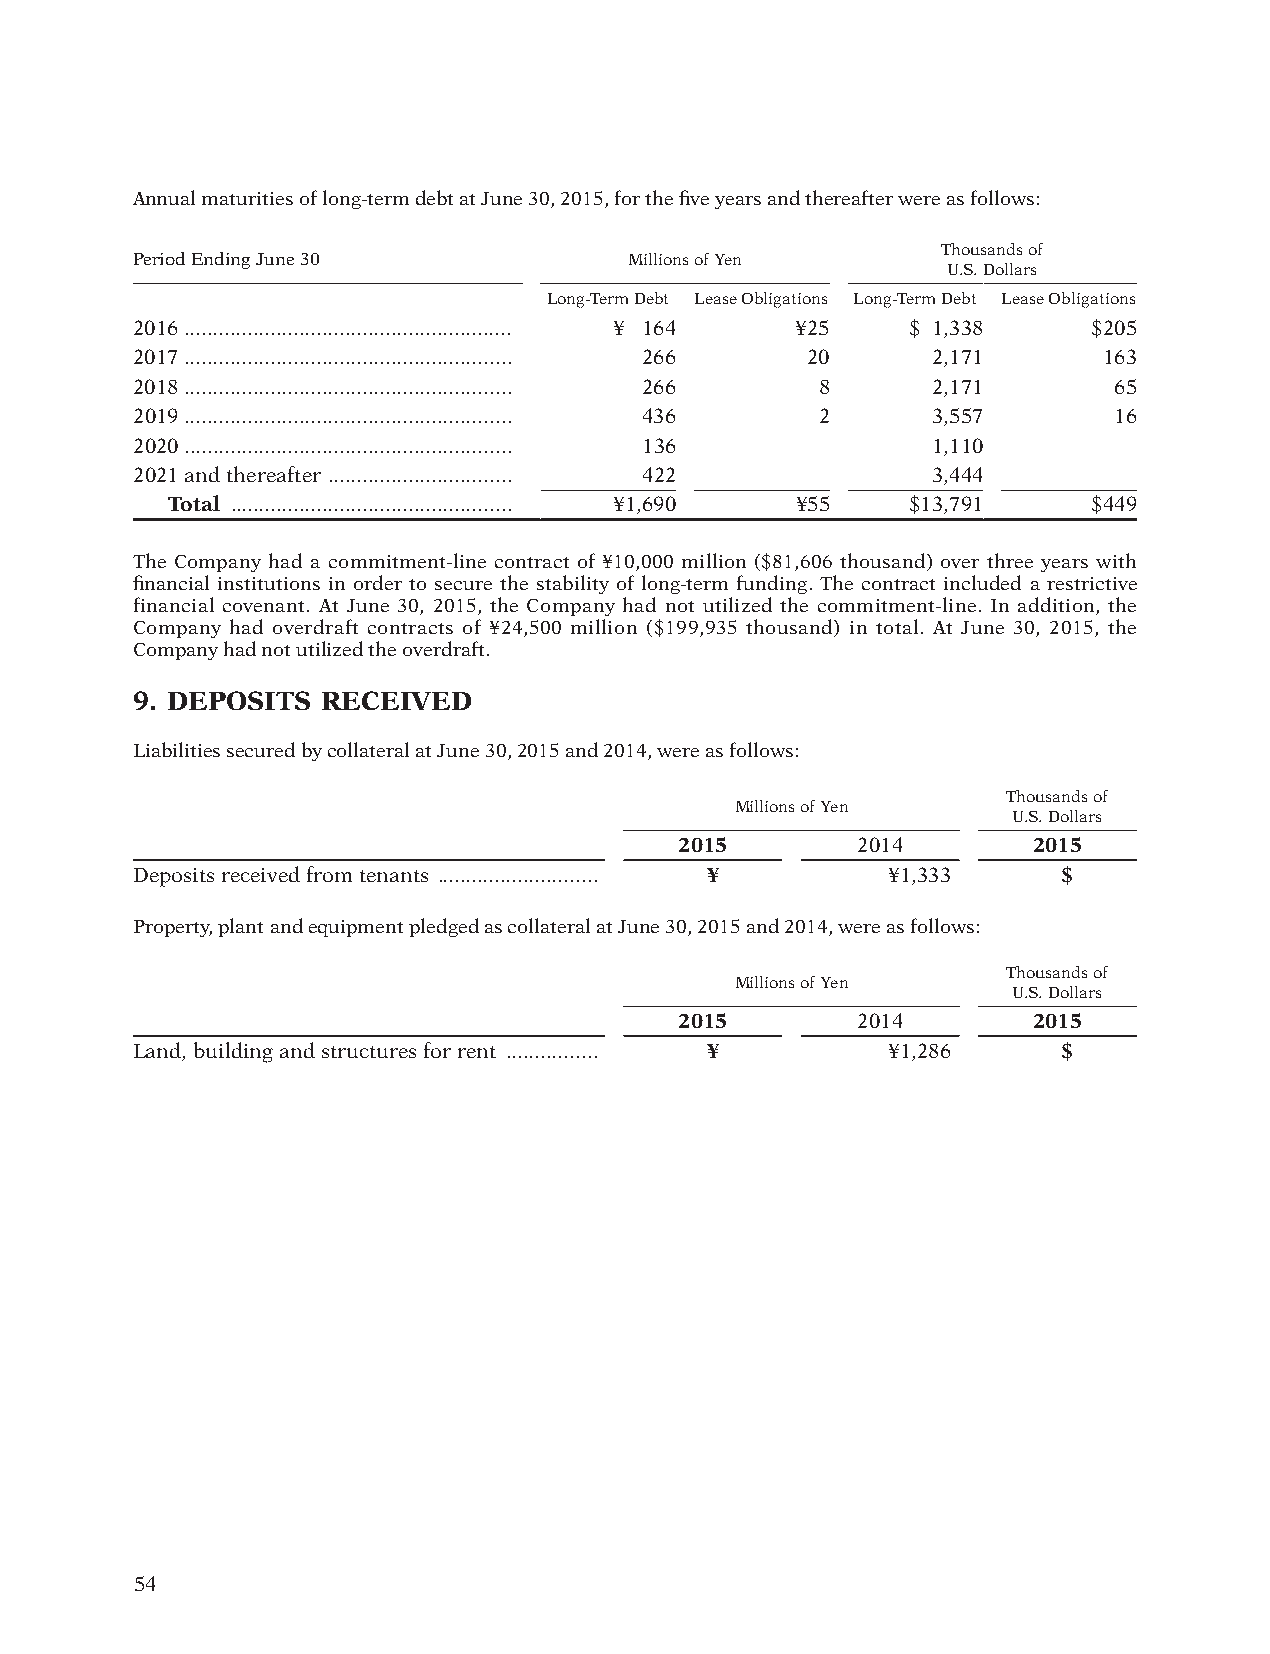
Annual maturities of long-term debt at June 30, 2015, for the five years and thereafter were as follows:
 Thousands of
 Period Ending June 30            Millions of Yen
 U.S. Dollars
 Long-Term Debt Lease Obligations Long-Term Debt Lease Obligations
 2016 ......................................................... ¥ 164 ¥25 $ 1,338 $205
 2017 ......................................................... 266 20 2,171 163
 2018 ......................................................... 266 8 2,171 65
 2019 ......................................................... 436 2 3,557 16
 2020 ......................................................... 136 1,110
 2021 and thereafter ................................ 422 3,444
 Total ................................................. ¥1,690 ¥55 $13,791 $449
 The Company had a commitment-line contract of ¥10,000 million ($81,606 thousand) over three years with
 financial institutions in order to secure the stability of long-term funding. The contract included a restrictive
 financial covenant. At June 30, 2015, the Company had not utilized the commitment-line. In addition, the
 Company had overdraft contracts of ¥24,500 million ($199,935 thousand) in total. At June 30, 2015, the
 Company had not utilized the overdraft.
 9. DEPOSITS RECEIVED
 Liabilities secured by collateral at June 30, 2015 and 2014, were as follows:
 Thousands of
 Millions of Yen
 U.S. Dollars
 2015        2014       2015
 Deposits received from tenants ............................ ¥ ¥1,333 $
 Property, plant and equipment pledged as collateral at June 30, 2015 and 2014, were as follows:
 Thousands of
 Millions of Yen
 U.S. Dollars
 2015        2014       2015
 Land, building and structures for rent ................ ¥ ¥1,286 $
 54
 012_0612001372710.indd 54                                              2015/11/16 22:22:17